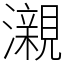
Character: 瀙